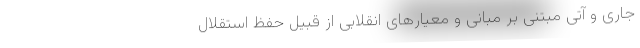
جاری و آتی مبتنی بر مبانی و معیارهای انقلابی از قبیل حفظ استقلال